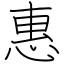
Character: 惠